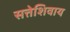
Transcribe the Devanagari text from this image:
सत्तेशिवाय